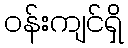
ဝန်းကျင်ရှိ